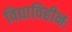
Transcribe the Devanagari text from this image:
विद्याविहीनः